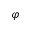
\varphi